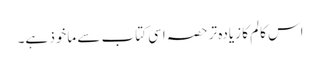
اس کالم کا زیادہ تر حصہ اسی کتاب سے ماخوذ ہے۔